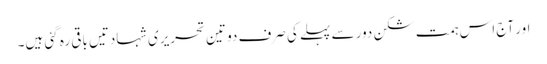
اور آج اس ہمت شکن دور سے پہلے کی صرف دو تین تحریری شہادتیں باقی رہ گئی ہیں۔